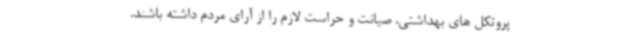
پروتکل های بهداشتی، صیانت و حراست لازم را از آرای مردم داشته باشند.